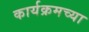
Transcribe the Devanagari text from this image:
कार्यक्रमच्या